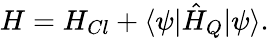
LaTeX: H=H_{Cl}+\langle\psi|\hat{H}_{Q}|\psi\rangle.